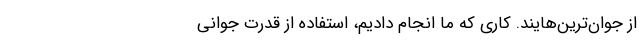
از جوان‌ترین‌هایند. کاری که ما انجام دادیم، استفاده‌ از قدرت جوانی